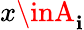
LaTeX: x\inA_{\mathbf{i}}